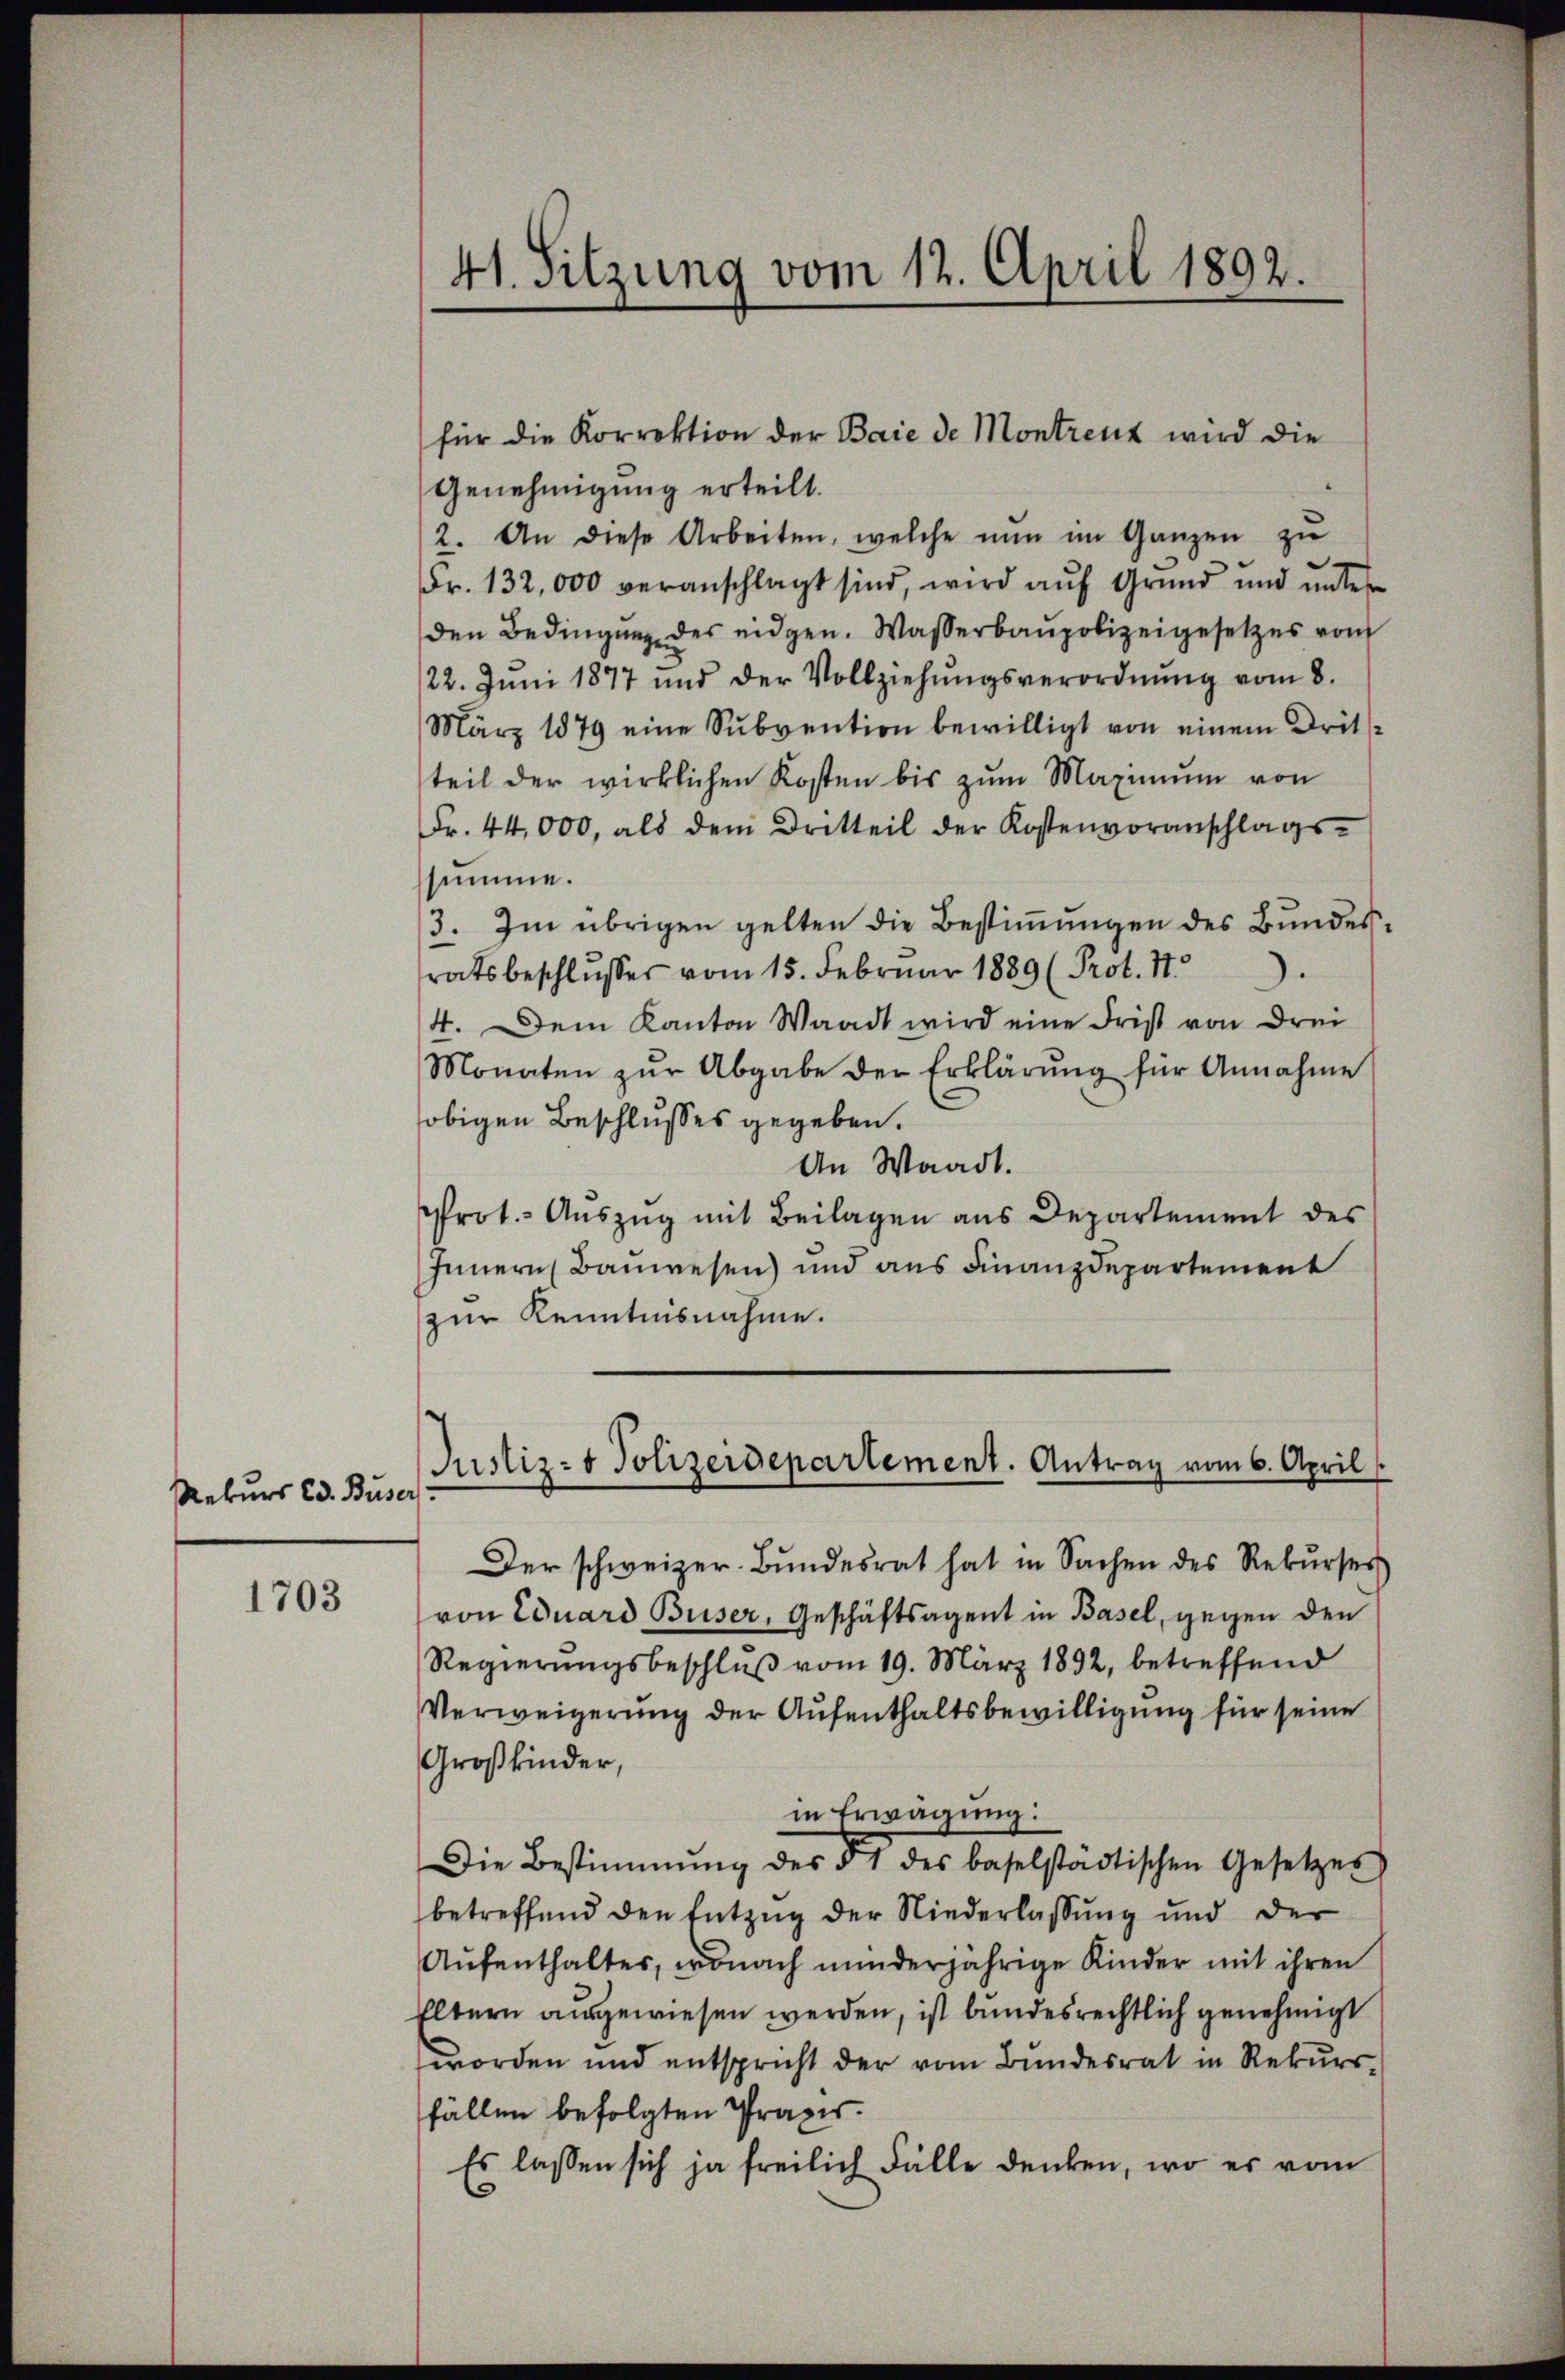
Rekurs Ed. Buser

1703

41. Sitzung vom 12. April 1892.

für die Korrektion der Baie de Montreuz wird die
Genehmigung erteilt.
2. An diese Arbeiten, welche nŭn im Ganzen zŭ
Fr. 132,000 veranschlagt sind, wird auf Grund und unter
den Bedingung des eidgen. Wasserbaupolizeigesetzes vom
/22. Juni 1877 und der Vollziehŭngsverordnŭng vom 8.
März 1879 eine Subvention bewilligt von einem Dritteil der wirklichen Kosten bis zŭm Maximum von
Fr. 44,000, als dem Dritteil der Kostenvoranschlags-
summe.
3. Im übrigen gelten die Bestimmungen des Bundesratsbeschlŭsses vom 15. Februar 1889 (Prot. 11.
4. Dem Kanton Waadt wird eine Frist von drei
Monaten zŭr Abgabe der Erklärŭng für Annahme
obigen Beschlusses gegeben.
An Waadt.
Prot.- Auszug mit Beilagen aus Departement des
Innern Bauwesen) und aus Finanzdepartement
zur Kenntnisnahme.
Der schweizer Bundesrat hat in Sachen des Rekŭrses
von Eduard Buser, Geschäftsagent in Basel, gegen den
Regierŭngsbeschlŭβ vom 19. März 1892, betreffend
Verweigerung der Aufenthaltsbewilligung für seine
Großkinder,
in Erwägung:
Die Bestimmung des § 1 des baselstädtischen Gesetzes
betreffend den Entzug der Niederlassung und der
Aŭfenthalter, wonach minderjährige Kinder mit ihren
Eltern ausgewiesen werden, ist bundesrechtlich genehmigt
worden und entspricht der vom Bundesrat in Rekursfällen befolgten Praxis.
Es lassen sich ja freilich Fälle denken, wo es vom

Justiz- & Polizeidepartement. Antrag vom 6. April